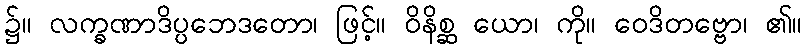
၌။ လက္ခဏာဒိပ္ပဘေဒတော၊ ဖြင့်။ ဝိနိစ္ဆ ယော၊ ကို။ ဝေဒိတဗ္ဗော၊ ၏။